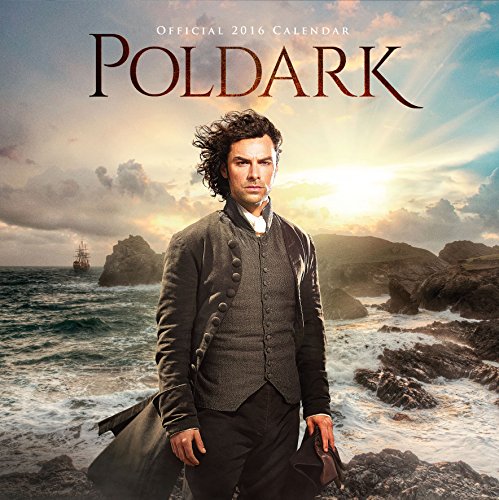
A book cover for The Official Poldark 2016 Square Calendar; Calendars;